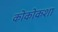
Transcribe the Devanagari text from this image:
कोकोकशा